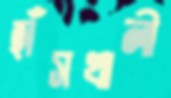
হাঁসখালী